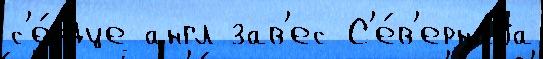
с'е́рдце англ зав'ес С'е́в'ернаjа